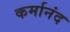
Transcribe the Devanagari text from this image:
कर्मानंद